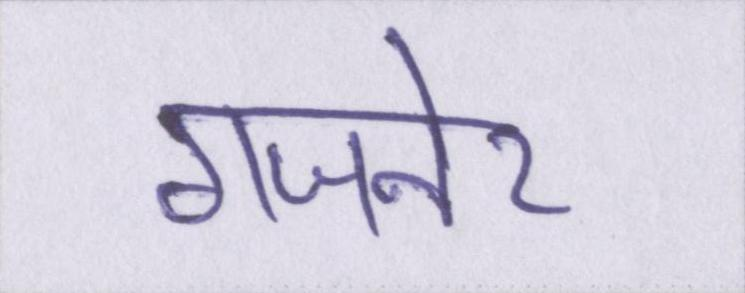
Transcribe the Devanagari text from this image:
गजनेर